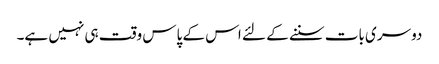
دوسری بات سننے کے لئے اس کے پاس وقت ہی نہیں ہے۔